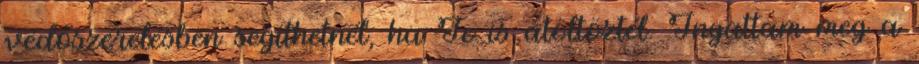
védőszerelésben segíthetnél, ha Te is átöltöztél. Ingattam meg a